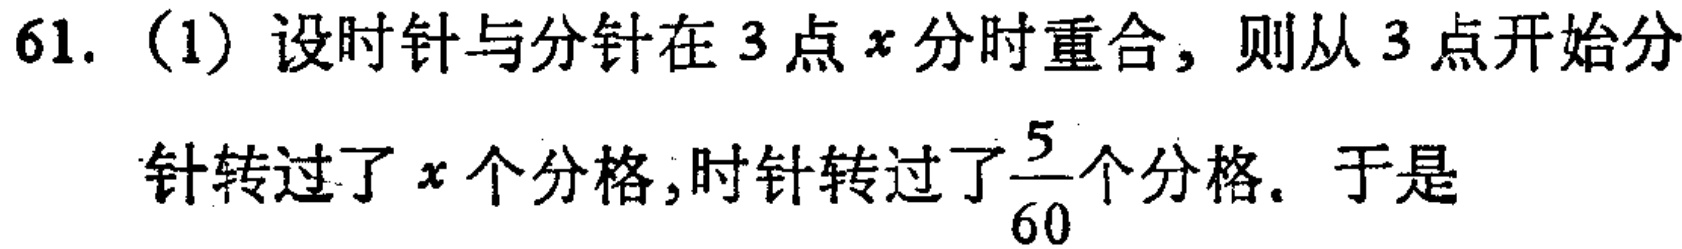
61. (1) 设时针与分针在 3 点 \(x\) 分时重合，则从 3 点开始分针转过了 \(x\) 个分格，时针转过了\(\frac{5}{60}\)个分格. 于是